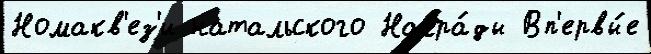
Номакв'ез'и натальского Награ́ды Вп'ервы́е